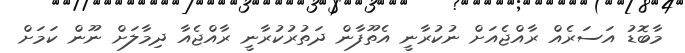
މާބޮޑު އަސަރެއް ރާއްޖެއަށް ނުކުރާނީ އެތޫފާން ދަތުރުކުރާނީ ރާއްޖެއާ ދިމާލަށް ނޫން ކަމަށް